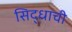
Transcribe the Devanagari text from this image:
सिद्धाची